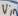
Text: Vin